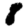
Digit: 8